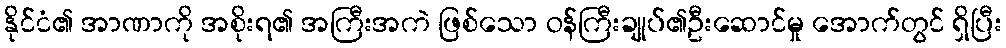
နိုင်ငံ၏ အာဏာကို အစိုးရ၏ အကြီးအကဲ ဖြစ်သော ဝန်ကြီးချုပ်၏ဦးဆောင်မှု အောက်တွင် ရှိပြီး